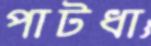
পাটধা